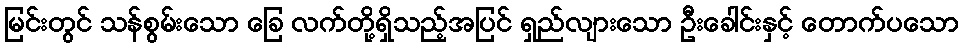
မြင်းတွင် သန်စွမ်းသော ခြေ လက်တို့ရှိသည့်အပြင် ရှည်လျားသော ဦးခေါင်းနှင့် တောက်ပသော